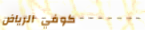
كوفي الرياض